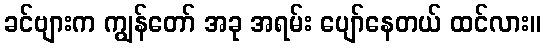
ခင်ဗျားက ကျွန်တော် အခု အရမ်း ပျော်နေတယ် ထင်လား။